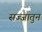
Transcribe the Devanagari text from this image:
सज्जातुन